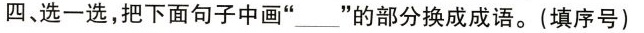
四、选一选，把下面句子中画”______”的部分换成成语。(填序号)